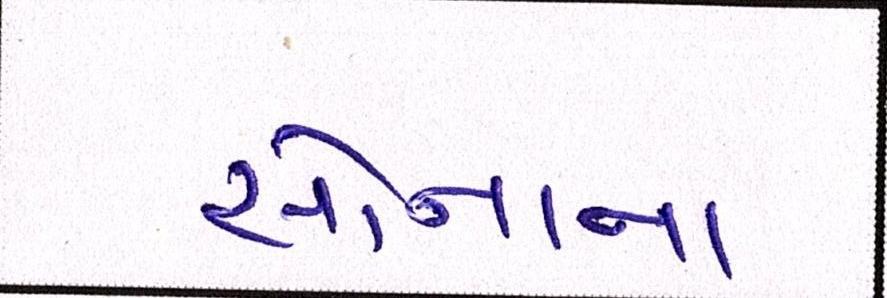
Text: સોનાના